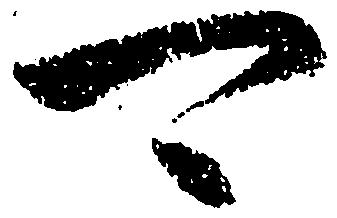
可